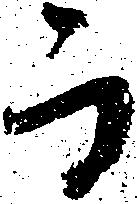
而